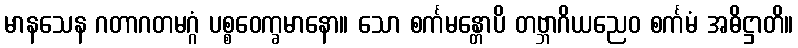
မာနသေန ဂတာဂတမဂ္ဂံ ပစ္စဝေက္ခမာနော။ သော စင်္ကမန္တောပိ တဗ္ဘာဂိယညေဝ စင်္ကမံ အဓိဋ္ဌာတိ။